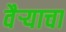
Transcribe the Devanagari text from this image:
वैऱ्याचा